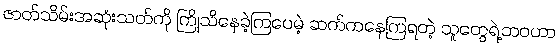
ဇာတ်သိမ်းအဆုံးသတ်ကို ကြိုသိနေခဲ့ကြပေမဲ့ ဆက်ကနေကြရတဲ့ သူတွေရဲ့ဘဝဟာ